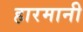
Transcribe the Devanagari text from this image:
हारमानी